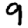
Digit: 9